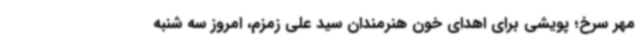
مهر سرخ؛ پویشی برای اهدای خون هنرمندان سید علی زمزم، امروز سه شنبه